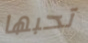
تحبها